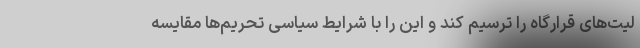
لیت‌های قرارگاه را ترسیم کند و این را با شرایط سیاسی تحریم‌ها مقایسه